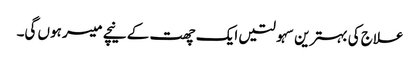
علاج کی بہترین سہولتیں ایک چھت کے نیچے میسر ہوں گی۔